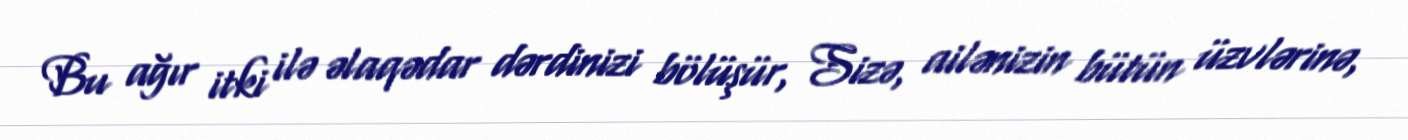
Bu ağır itki ilə əlaqədar dərdinizi bölüşür, Sizə, ailənizin bütün üzvlərinə,